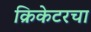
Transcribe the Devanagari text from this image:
क्रिकेटरचा